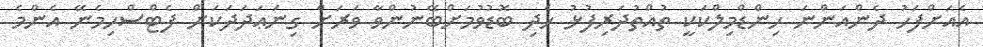
އެއަށްފަހު ދެންއަންނަ ހިންޑްމިލްކަކީ ތުއްތުދަރިފުޅު ހެދި ބޮޑުވުމަށްބޭނުންވާ ވަރަށް ގިނަޢަދަދަކަށް ފެޓްސްހިމެނޭ އެންމެ